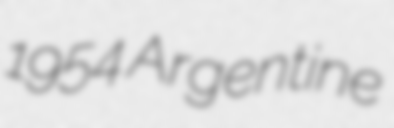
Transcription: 1954 Argentine